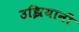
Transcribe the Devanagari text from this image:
उझियानी